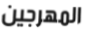
المهرجين